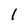
Character: l